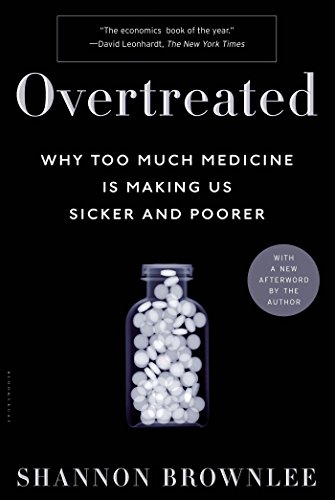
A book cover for Overtreated: Why Too Much Medicine Is Making Us Sicker and Poorer; Shannon Brownlee; Medical Books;